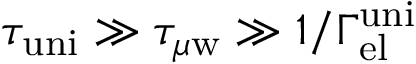
\tau _ { \mathrm { u n i } } \gg \tau _ { \mu \mathrm { w } } \gg 1 / \Gamma _ { \mathrm { e l } } ^ { \mathrm { u n i } }